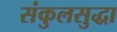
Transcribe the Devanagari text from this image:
संकुलसुद्धा